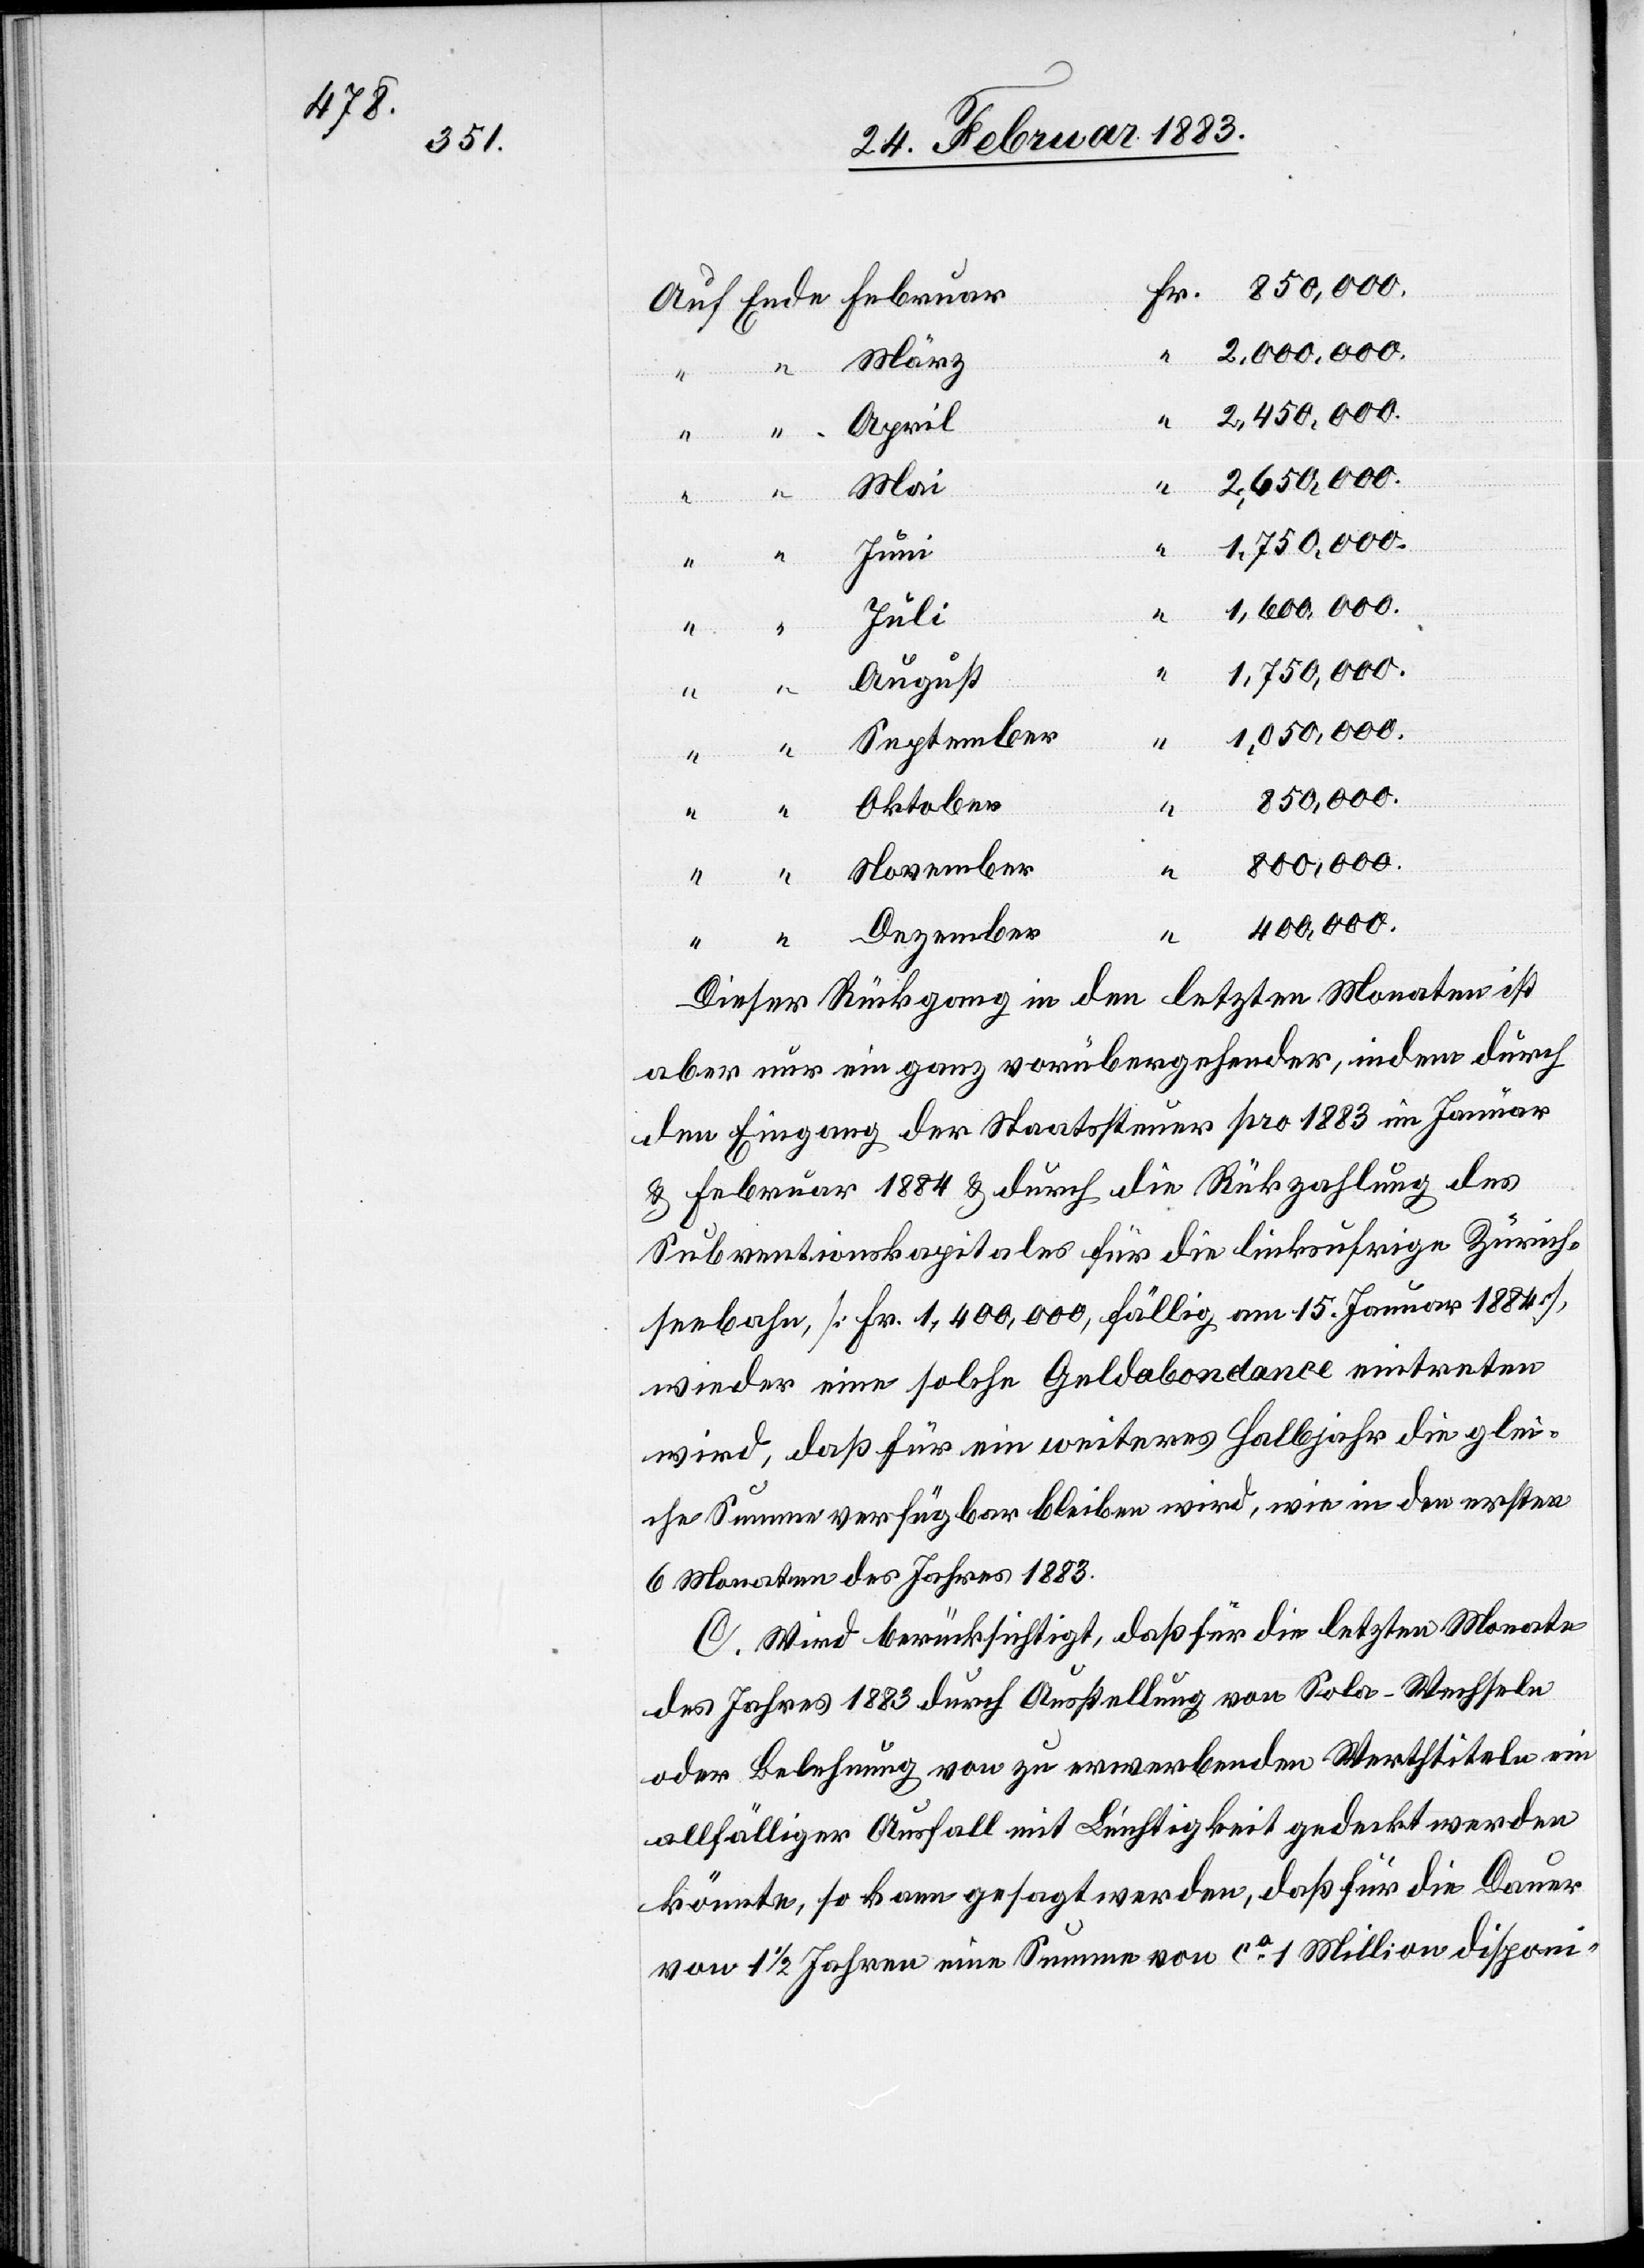
2,000,000.
Dezember
2,450,000.
2,650,000.
Mai
Juni
Juli
Fr.
August
1,050,000.
September
850,000.
800,000.
400,000.
Dieser Rückgang in den letzten Monaten ist
aber nur ein ganz vorübergehender, indem durch
den Eingang der Staatssteuer pro 1883 im Januar
& Februar 1884 & durch die Rückzahlung des
Subventionskapitales für die linksufrige Zürich¬
seebahn [Fr. 1,400,000, fällig am 15. Januar 1884],
wieder eine solche Geldabondance eintreten
wird, daß für ein weiteres Halbjahr die glei¬
che Summe verfügbar bleiben wird, wie in den ersten
6 Monaten des Jahres 1883.
C. Wird berücksichtigt, daß für die letzten Monate
des Jahres 1883 durch Ausstellung von Sola-Wechseln
oder Belehnung von zu erwerbenden Werthtiteln ein
allfälliger Ausfall mit Leichtigkeit gedeckt werden
könnte, so kann gesagt werden, daß für die Dauer
von 1 1/2 Jahren eine Summe von ca 1 Million disponi-